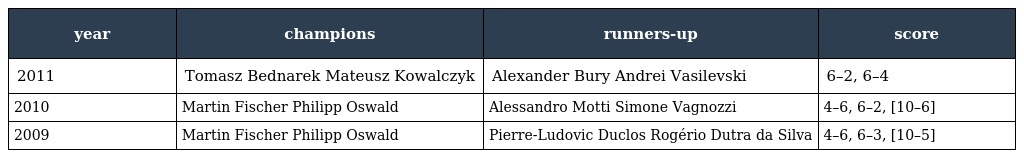
| year | champions | runners-up | score |
 | --- | --- | --- | --- |
 | 2011 | Tomasz Bednarek Mateusz Kowalczyk | Alexander Bury Andrei Vasilevski | 6–2, 6–4 |
 | 2010 | Martin Fischer Philipp Oswald | Alessandro Motti Simone Vagnozzi | 4–6, 6–2, [10–6] |
 | 2009 | Martin Fischer Philipp Oswald | Pierre-Ludovic Duclos Rogério Dutra da Silva | 4–6, 6–3, [10–5] |